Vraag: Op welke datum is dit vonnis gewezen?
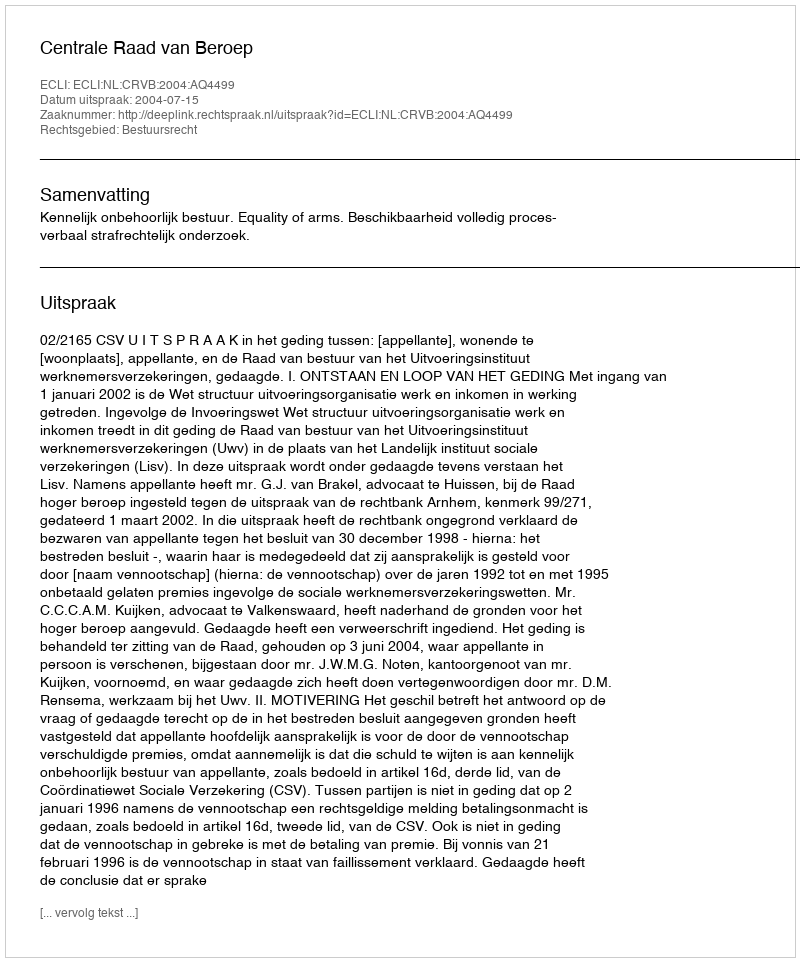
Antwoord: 2004-07-15